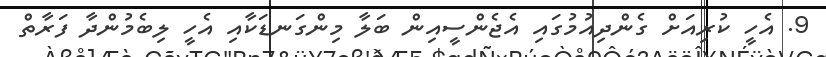
9. އެހީ ކުރިއަށް ގެންދިއުމުގައި އެޖެންސީއިން ބަލާ މިންގަނޑަކާއި އެހީ ލިބެމުންދާ ފަރާތް